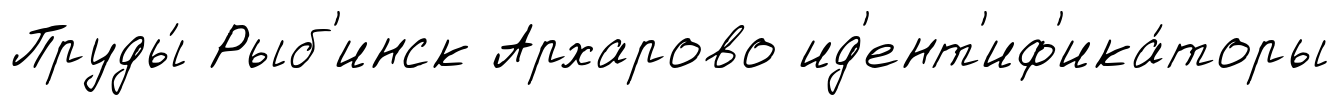
Пруды́ Рыб'инск Архарово ид'ент'иф'ика́торы